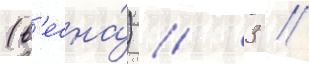
(в'есна́) // 3 //